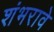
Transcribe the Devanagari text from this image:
शंभरावे